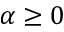
\alpha \ge 0